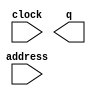
module bg5 (
	address,
	clock,
	q);

	input	[13:0]  address;
	input	  clock;
	output	[11:0]  q;
`ifndef ALTERA_RESERVED_QIS
// synopsys translate_off
`endif
	tri1	  clock;
`ifndef ALTERA_RESERVED_QIS
// synopsys translate_on
`endif

endmodule